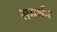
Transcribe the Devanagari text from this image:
समर्थने